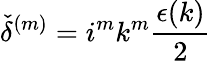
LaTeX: {\check{\delta}}^{(m)}=i^{m}k^{m}\frac{\epsilon(k)}{2}